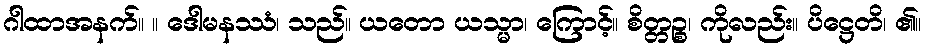
ဂါထာအနက်။ ။ ဒေါမနဿံ၊ သည်။ ယတော ယသ္မာ၊ ကြောင့်။ စိတ္တဉ္စ၊ ကိုလည်း။ ပိဋ္ဌေတိ၊ ၏။